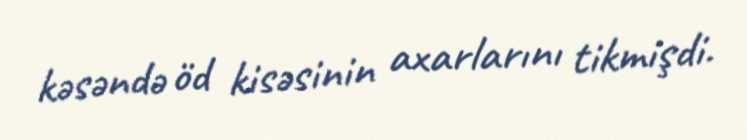
kəsəndə öd kisəsinin axarlarını tikmişdi.